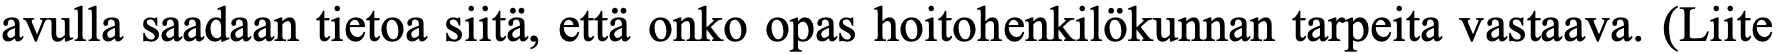
avulla saadaan tietoa siitä, että onko opas hoitohenkilökunnan tarpeita vastaava. (Liite